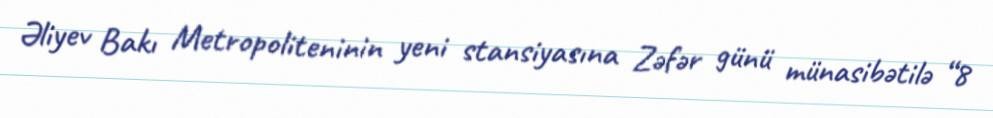
Əliyev Bakı Metropoliteninin yeni stansiyasına Zəfər günü münasibətilə “8